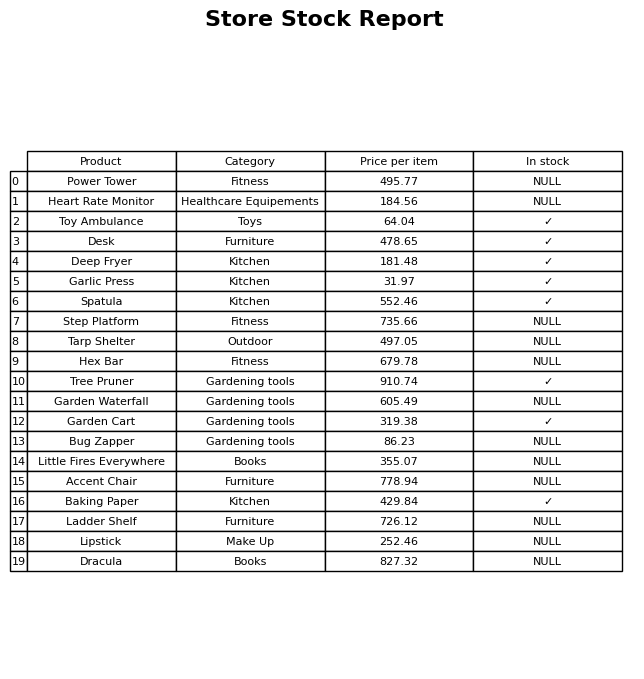
question: Is the Garlic Press in stock?
answer: ✓